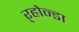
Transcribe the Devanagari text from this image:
ऱ्होन्डा